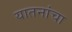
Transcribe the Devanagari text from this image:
यातनांचा